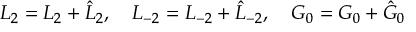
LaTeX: { \cal L } _ { 2 } = L _ { 2 } + \hat { L } _ { 2 } , \quad { \cal L } _ { - 2 } = L _ { - 2 } + \hat { L } _ { - 2 } , \quad { \cal G } _ { 0 } = G _ { 0 } + \hat { G } _ { 0 }